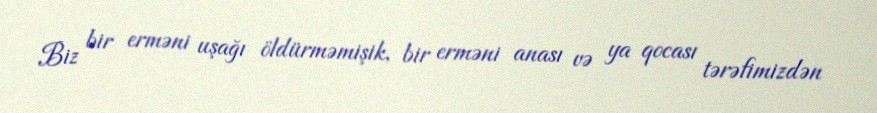
Biz bir erməni uşağı öldürməmişik, bir erməni anası və ya qocası tərəfimizdən